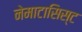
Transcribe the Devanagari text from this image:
नेमाटासिस्ट